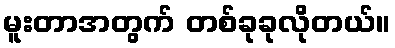
မူးတာအတွက် တစ်ခုခုလိုတယ်။